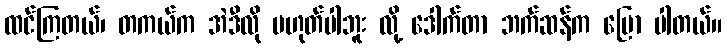
ထင်ကြတယ်၊ တကယ်က အဲဒီလို မဟုတ်ပါဘူး လို့ ဒေါက်တာ ဘက်ဆန်က ပြော ပါတယ်။